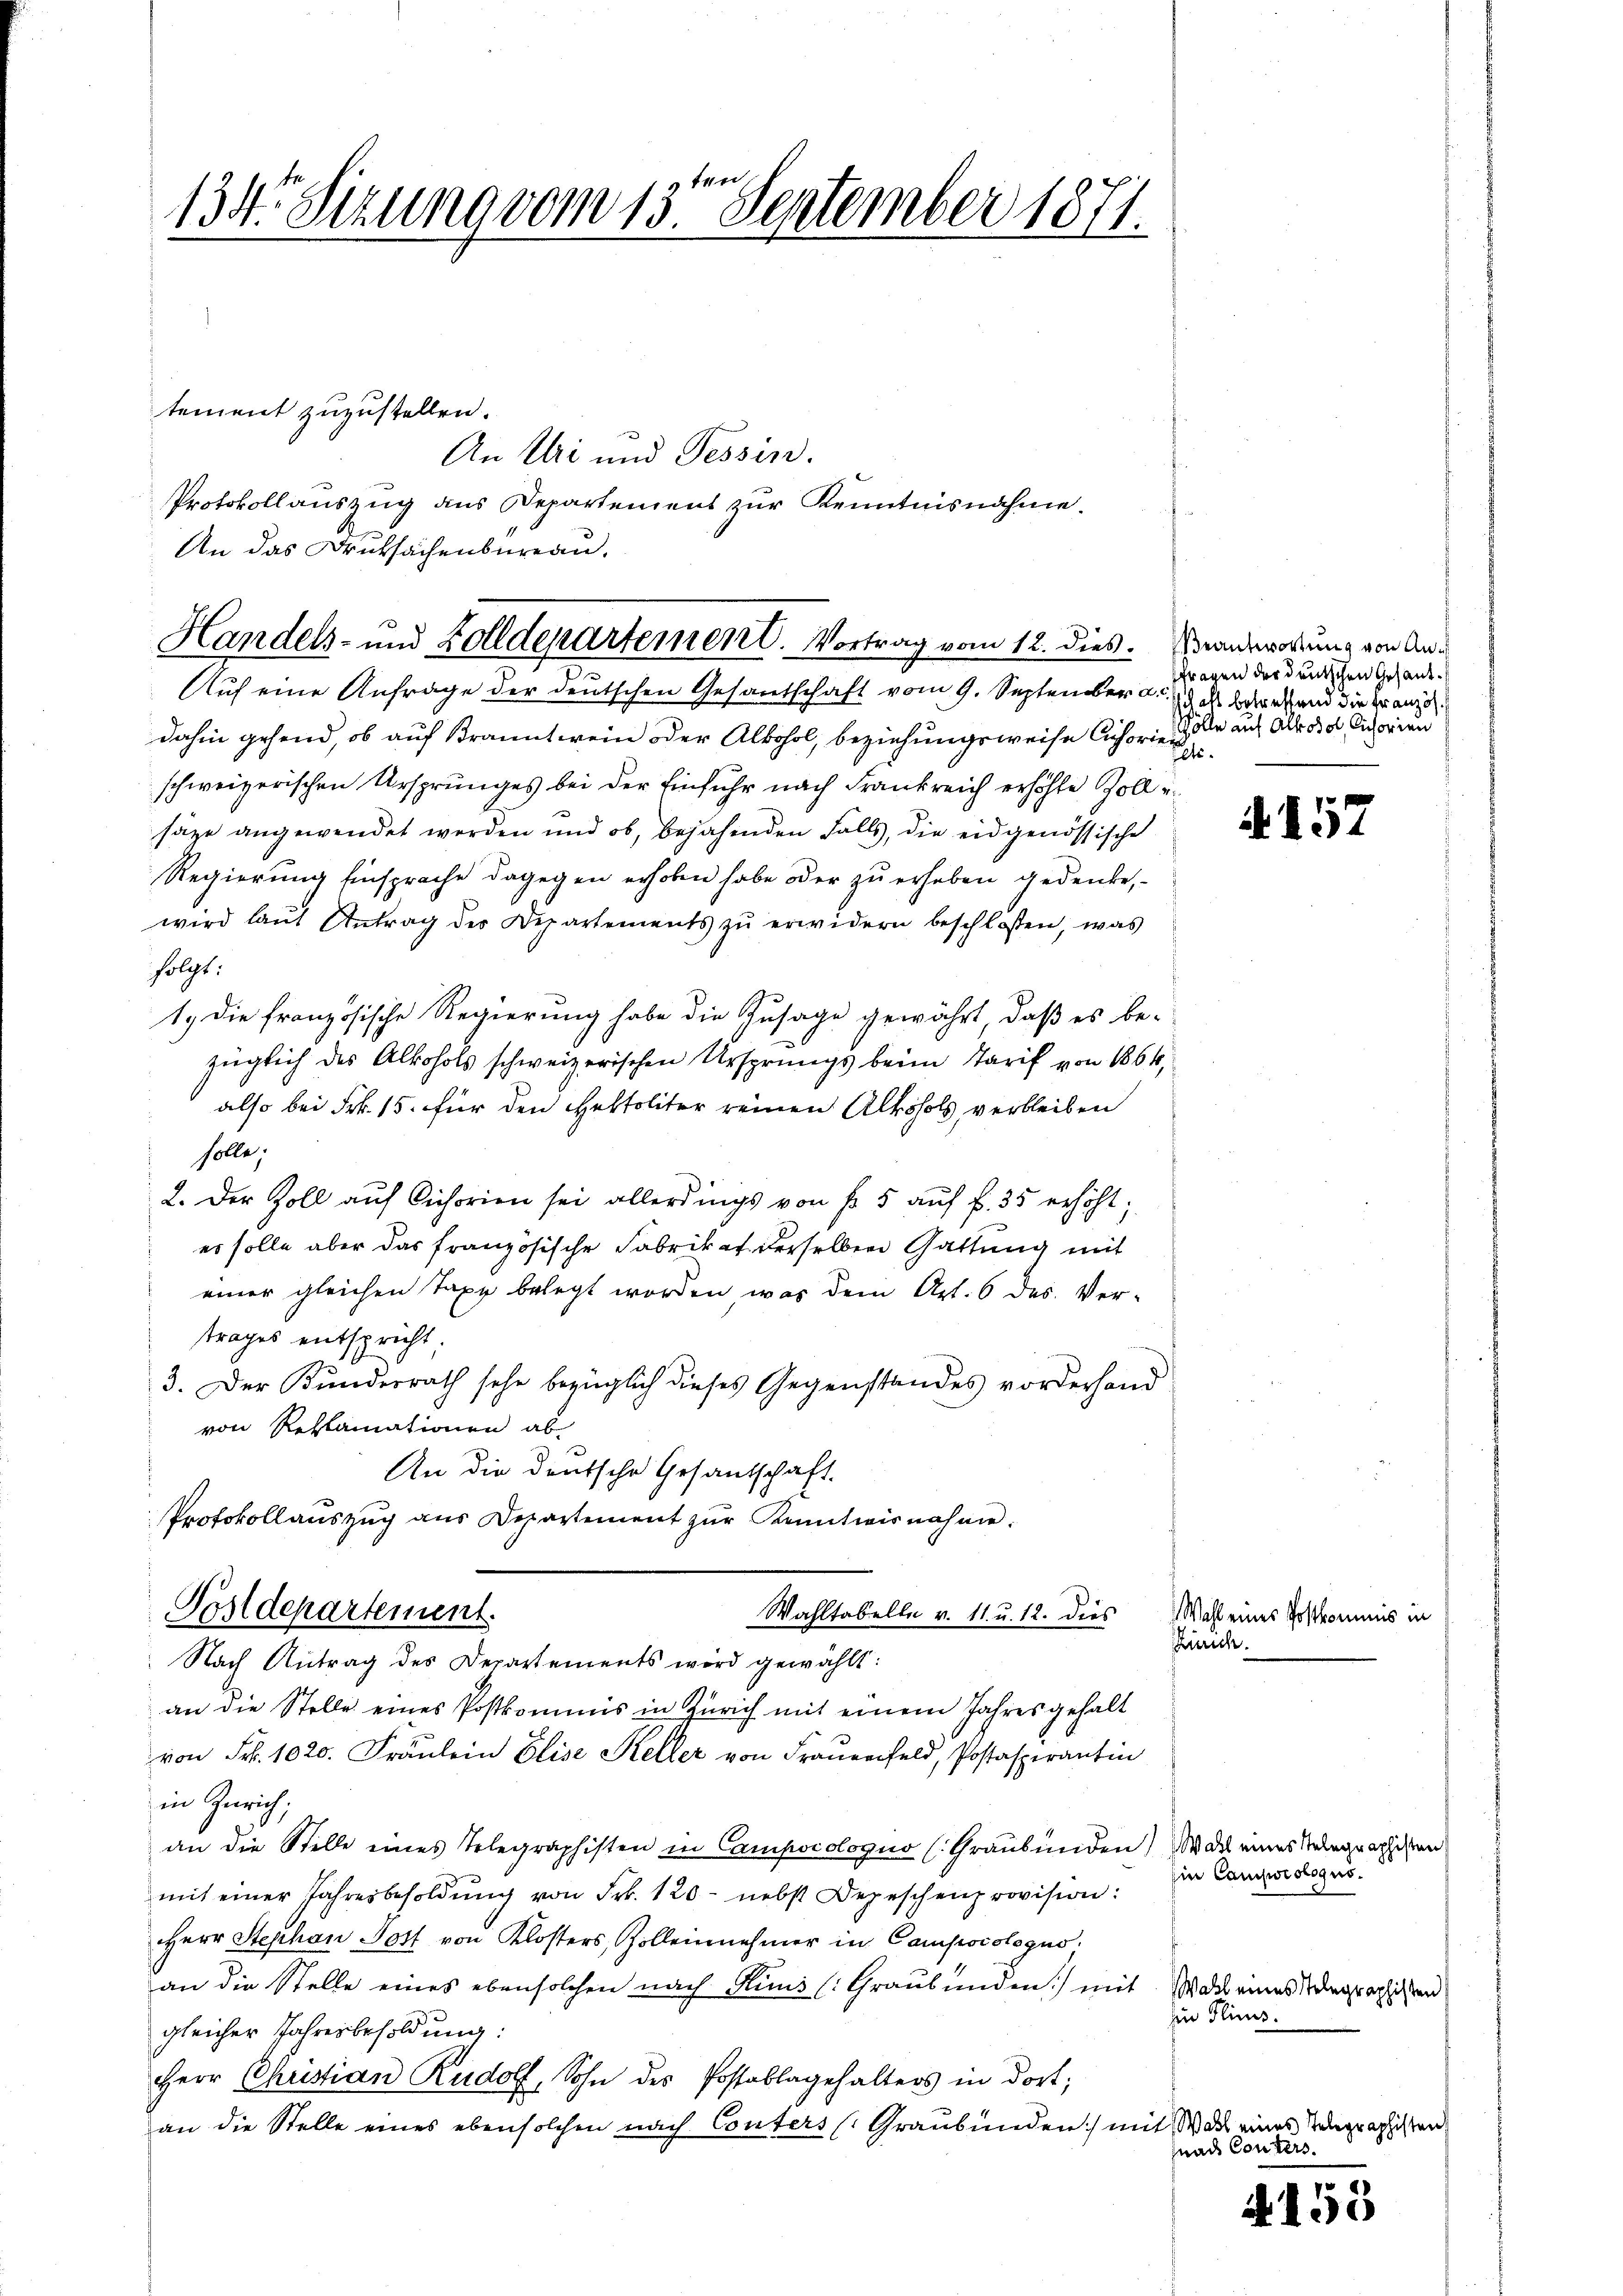
134. Sizung vom 13ten September 1871.

tement zuzustellen.
An Uri und Tessin.
Protokollauszug aus Departement zur Kenntnisnahme.
An das Druksachenbureau.
Auf eine Anfrage der deutschen Gesantschaft vom 9. September a. des Berecht und die Kranzödahin gehend, ob auf Branntwein oder Alkohol, beziehungsweise Cichorienschweizerischen Ursprunges bei der Einfuhr nach Frankreich erhöhte Zoll u
säze angewendet werden und ob, bejahenden Falls, die eidgenössische
Regierung Einsprache dagegen erhoben habe oder zu erheben gedenke,
wird laŭt Antrag der Departements zŭ erwidern beschlossen, was
folgt:
1.) Die französische Regierung habe die Zusage gewährt, daß es be-
züglich des Alkohols schweizerischen Ursprungs beim Tarif von 1864,
also bei Frk. 15. für den Hettoliter reinen Alkoholz verbleiben
solle,
2. Der Zoll auf Cichorien sei allerdings von fr. 5 auf f. 35 erhöht;
es solle aber das französische Fabrikat derselben Gattung mit
einer gleichen Taxe belegt worden, was dem Art. 6 des Ver-
trages entspricht;
3. Der Kundesrath sehe bezüglich dieses Gegenstandes vorderhand
von Reklamationen ab
An die deutsche Gesandschaft.
Protokollauszug aus Departement zur Kenntnisnahme.
Postdepartement.
Wahltabelle v. 11. u. 12. dies

Handels- und Zolldepartement. Vortrag vom 12. dies. Beantwortung von An¬

Nach Antrag des Departements wird gewählt:

an die Stelle eines Postkommis in Zürich mit einem Jahresgehalt
von Fr. 1020. Fräulein Elise Keller von Frauenfeld, Postaspirantin
in Zürich;
an die Stelle eines Telegraphisten in Campsiologus (Graubünden,
mit einer Jahresbesoldŭng von Frk. 120 nebst Depeschenprovision:
Herr Stephan Jost von Klosters, Zolleinehmer in Campscologus
an die Stelle eines ebensolchen nach Kuns (Graubünden) mit Wall eines degraphisten
gleicher Jahresbesoldung:
Herr Christian Rudolf, Sohn des Postablagehalters in dort,
an die Stelle eines ebensolchen nach Conters (Graubünden) in

fragen der deutschen Gesand¬
Folle auf Alkohol, Cichorien
Elti.

A 157

Wahl eines Postkomm
Zürich.

Wahl eines Telegraphiste
Ein Campwisloqus.

i

1458

zin Flims.
2) Wahl eines Telegraphisten
nad Conters.